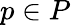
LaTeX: p\in P